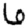
Digit: 6